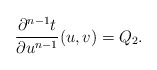
\begin{align*} \frac{\partial^{n-1}t}{\partial u^{n-1}}(u,v)=Q_2.\end{align*}